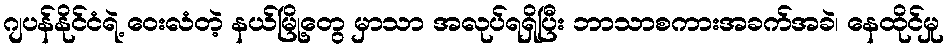
ဂျပန်နိုင်ငံရဲ့ ဝေးလံတဲ့ နယ်မြို့တွေ မှာသာ အလုပ်ရရှိပြီး ဘာသာစကားအခက်အခဲ၊ နေထိုင်မှု